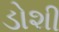
ડોશી